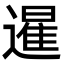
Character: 暹